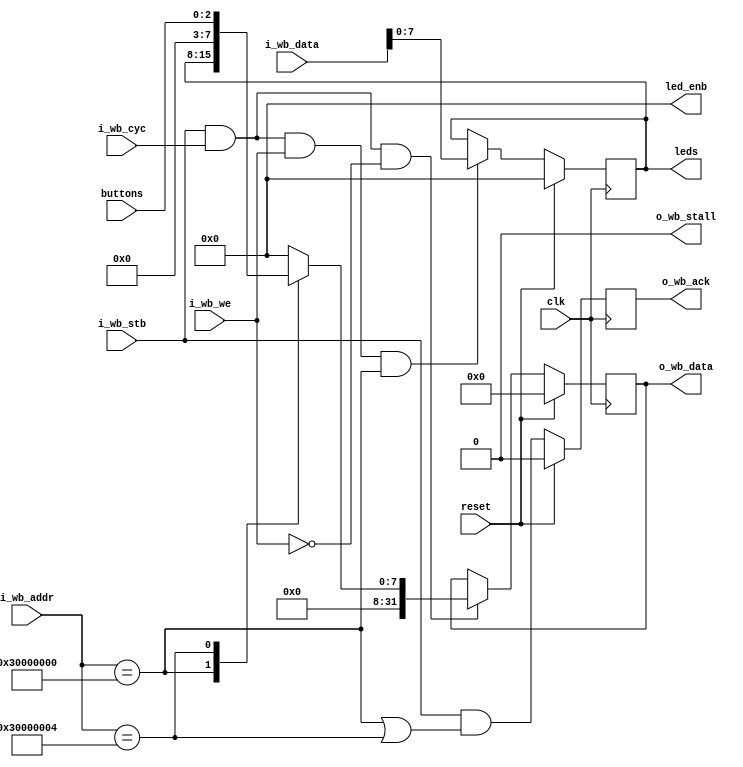
`default_nettype none
`timescale 1ns/1ns

module wb_buttons_leds #(
    parameter   [31:0]  BASE_ADDRESS    = 32'h3000_0000,        // base address
    parameter   [31:0]  LED_ADDRESS     = BASE_ADDRESS,
    parameter   [31:0]  BUTTON_ADDRESS  = BASE_ADDRESS + 4
    ) (
`ifdef USE_POWER_PINS
    inout vccd1,	// User area 1 1.8V supply
    inout vssd1,	// User area 1 digital ground
`endif
    input wire          clk,
    input wire          reset,

    // wb interface
    input wire          i_wb_cyc,       // wishbone transaction
    input wire          i_wb_stb,       // strobe - data valid and accepted as long as !o_wb_stall
    input wire          i_wb_we,        // write enable
    input wire  [31:0]  i_wb_addr,      // address
    input wire  [31:0]  i_wb_data,      // incoming data
    output reg          o_wb_ack,       // request is completed 
    output wire         o_wb_stall,     // cannot accept req
    output reg  [31:0]  o_wb_data,      // output data

    // buttons
    input wire  [2:0]   buttons,
    output wire [7:0] led_enb,
    output reg  [7:0]   leds


    );

    assign o_wb_stall = 0;

    initial leds = 8'b0;

    assign led_enb = 8'b0;

    // writes
    always @(posedge clk) begin
        if(reset)
            leds <= 8'b0;
        else if(i_wb_stb && i_wb_cyc && i_wb_we && !o_wb_stall && i_wb_addr == LED_ADDRESS) begin
            leds <= i_wb_data[7:0];
        end
    end

    // reads
    always @(posedge clk) begin
        if(reset)
            o_wb_data <= 0;
        else if(i_wb_stb && i_wb_cyc && !i_wb_we && !o_wb_stall)
            case(i_wb_addr)
                LED_ADDRESS: 
                    o_wb_data <= {24'b0, leds};
                BUTTON_ADDRESS: 
                    o_wb_data <= {29'b0, buttons};
                default:
                    o_wb_data <= 32'b0;
            endcase
    end

    // acks
    always @(posedge clk) begin
        if(reset)
            o_wb_ack <= 0;
        else
            // return ack immediately
            o_wb_ack <= (i_wb_stb && !o_wb_stall && (i_wb_addr == LED_ADDRESS || i_wb_addr == BUTTON_ADDRESS));
    end

endmodule